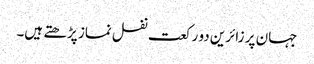
جہان پر زائرین دو رکعت نفل نماز پڑھتے ہیں۔